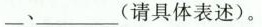
_、___(请具体表述)。